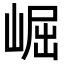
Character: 崛